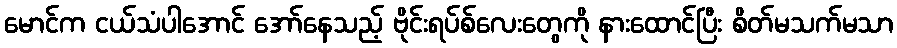
မောင်က ငယ်သံပါအောင် အော်နေသည့် ဗိုင်းရပ်စ်လေးတွေကို နားထောင်ပြီး စိတ်မသက်မသာ